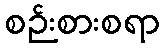
စဉ်းစားစရာ